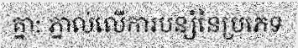
គ្នា: ភ្នាល់លើការបន្សំនៃប្រភេទ